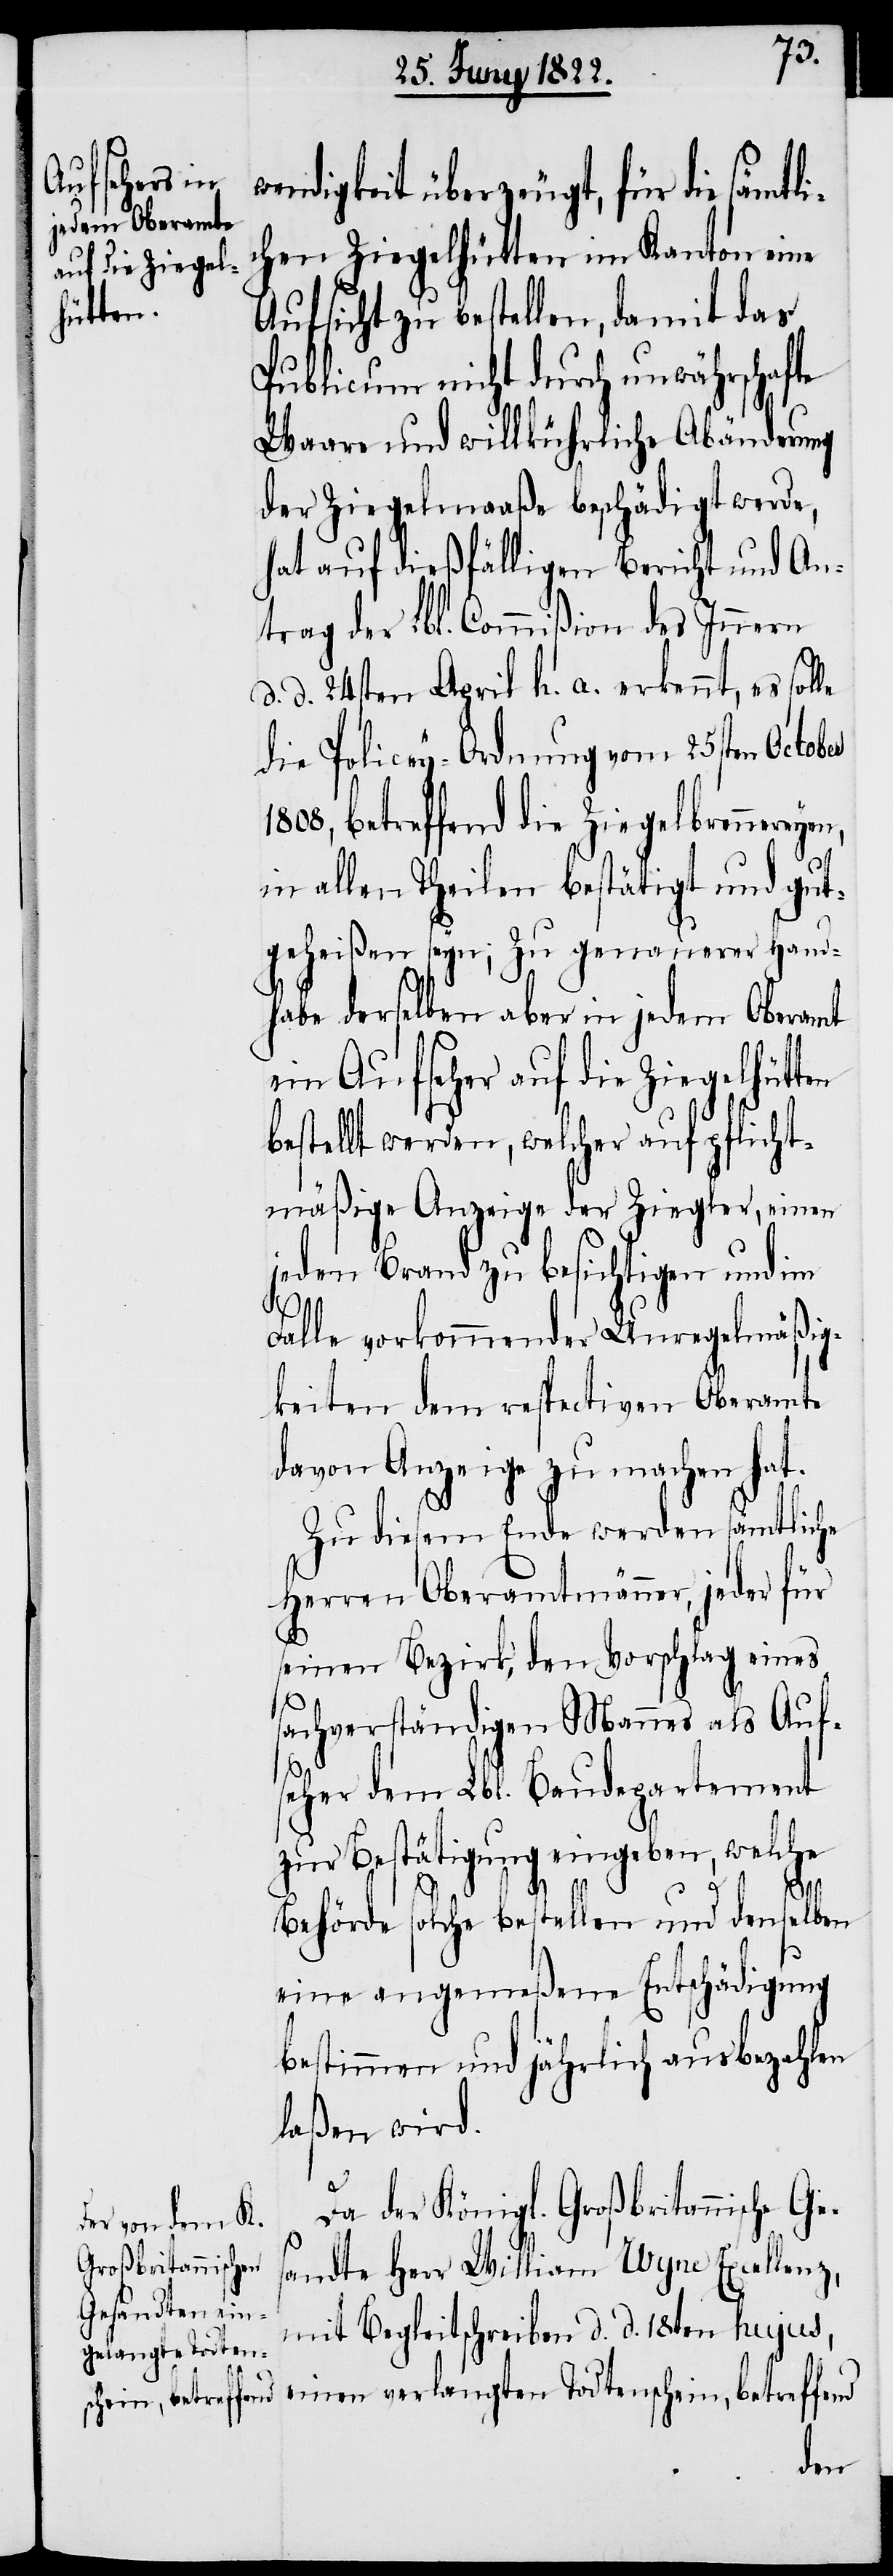
wendigkeit überzeugt, für die sämm¬
chen Ziegelhütten im Kanton eine
Aufsicht zu bestellen, damit das
Publicum nicht durch unwährschaf¬
Waare und willkürliche Abänderung
der Ziegelmaaße beschädigt werde,
hat auf dießfälligen Bericht und An¬
trag der Lbl. Commißion des Innern
d. d. 24sten April h. a erkennt, es solle
die Policey-Ordnung vom 25sten October
1808, betreffend die Ziegelbrennere¬
in allen Theilen bestätigt und gut¬
geheißen seyn; Zu genauerer Hand¬
habe derselben aber in jedem Oberamt
ein Aufseher auf die Ziegelhütten
bestellt werden, welcher auf pflicht¬
mäßige Anzeige der Ziegler, einen
jeden Brand zu besichtigen und im
te
Falle vorkommender Unregelmäßig¬
keiten dem respectiven Oberamte
davon Anzeige zu machen hat.
Zu diesem Ende werden sämmtliche
Herren Oberamtmänner, jeder für
seinen Bezirk, den Vorschlag eines
sachverständigen Mannes als Auf¬
seher dem Lbl. Baudepartement
zur Bestätigung eingeben, welche
Behörde solche bestellen und denselben
eine angemeßene Entschädigung
bestimmen und jährlich ausbezahlen
laßen wird.
Da der Königl. Großbritannische Ges¬
andte Herr William Wyne Excellenz,
mit Begleitschreiben d. d. 18ten hujus,
einen verlangten Todtenschein, betreffend
yen,